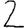
Digit: 2